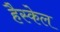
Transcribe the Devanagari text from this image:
हैस्केल